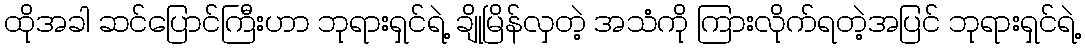
ထိုအခါ ဆင်ပြောင်ကြီးဟာ ဘုရားရှင်ရဲ့ ချိုမြိန်လှတဲ့ အသံကို ကြားလိုက်ရတဲ့အပြင် ဘုရားရှင်ရဲ့